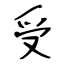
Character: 受